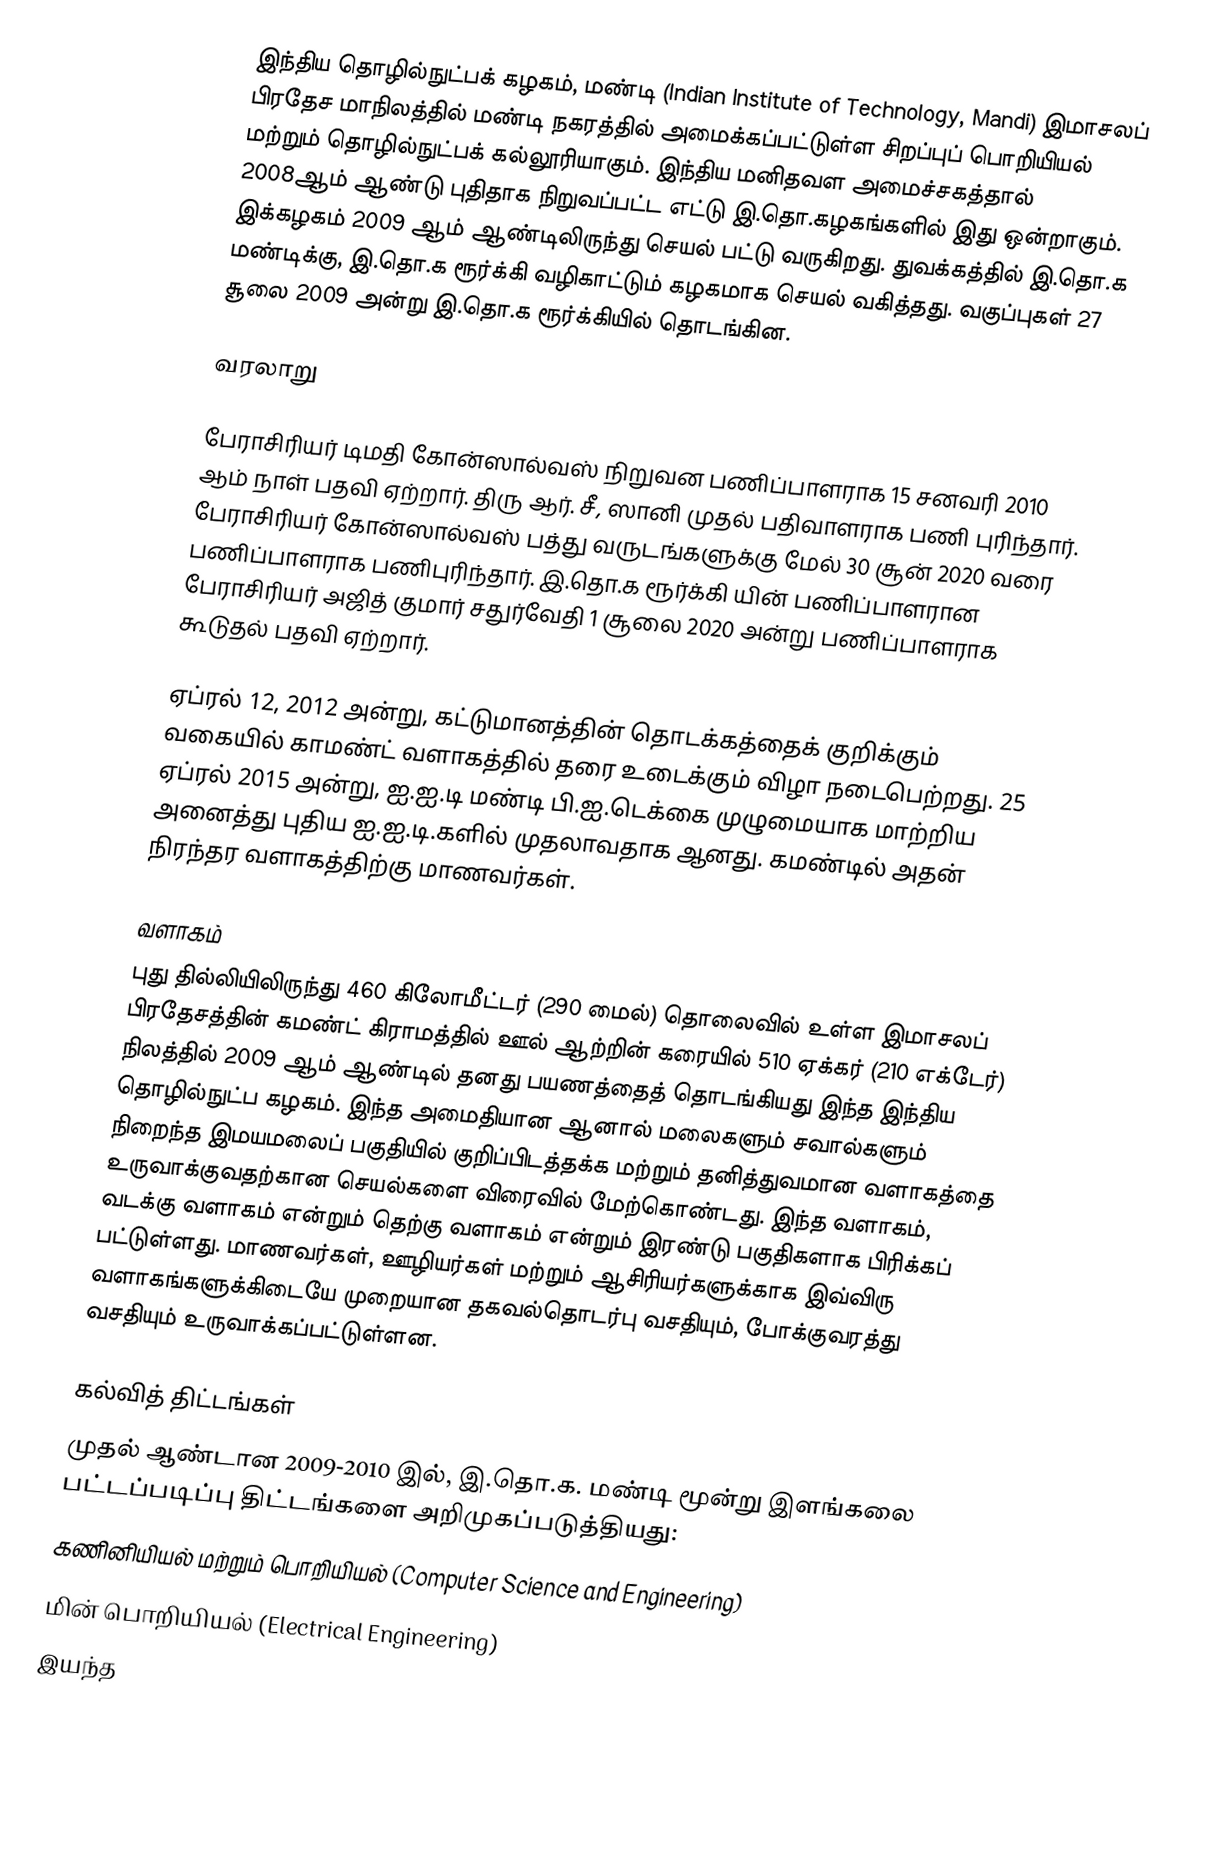
இந்திய தொழில்நுட்பக் கழகம், மண்டி (Indian Institute of Technology, Mandi) இமாசலப் பிரதேச மாநிலத்தில் மண்டி நகரத்தில் அமைக்கப்பட்டுள்ள சிறப்புப் பொறியியல் மற்றும் தொழில்நுட்பக் கல்லூரியாகும். இந்திய மனிதவள அமைச்சகத்தால் 2008ஆம் ஆண்டு புதிதாக நிறுவப்பட்ட எட்டு இ.தொ.கழகங்களில் இது ஒன்றாகும். இக்கழகம் 2009 ஆம் ஆண்டிலிருந்து செயல் பட்டு வருகிறது. துவக்கத்தில் இ.தொ.க மண்டிக்கு, இ.தொ.க ரூர்க்கி வழிகாட்டும் கழகமாக செயல் வகித்தது. வகுப்புகள்  27 சூலை 2009 அன்று இ.தொ.க ரூர்க்கியில் தொடங்கின.

வரலாறு

பேராசிரியர் டிமதி கோன்ஸால்வஸ் நிறுவன பணிப்பாளராக 15 சனவரி 2010 ஆம் நாள்  பதவி ஏற்றார். திரு ஆர். சீ, ஸானி முதல் பதிவாளராக பணி புரிந்தார். பேராசிரியர் கோன்ஸால்வஸ் பத்து வருடங்களுக்கு மேல் 30 சூன் 2020 வரை பணிப்பாளராக பணிபுரிந்தார். இ.தொ.க ரூர்க்கி யின் பணிப்பாளரான பேராசிரியர் அஜித் குமார் சதுர்வேதி 1 சூலை 2020 அன்று பணிப்பாளராக கூடுதல் பதவி ஏற்றார்.

ஏப்ரல் 12, 2012 அன்று, கட்டுமானத்தின் தொடக்கத்தைக் குறிக்கும் வகையில் காமண்ட் வளாகத்தில் தரை உடைக்கும் விழா நடைபெற்றது. 25 ஏப்ரல் 2015 அன்று, ஐ.ஐ.டி மண்டி பி.ஐ.டெக்கை முழுமையாக மாற்றிய அனைத்து புதிய ஐ.ஐ.டி.களில் முதலாவதாக ஆனது. கமண்டில் அதன் நிரந்தர வளாகத்திற்கு மாணவர்கள்.

வளாகம்
புது தில்லியிலிருந்து 460 கிலோமீட்டர் (290 மைல்) தொலைவில் உள்ள இமாசலப் பிரதேசத்தின் கமண்ட் கிராமத்தில் ஊல் ஆற்றின் கரையில் 510 ஏக்கர் (210 எக்டேர்) நிலத்தில் 2009 ஆம் ஆண்டில் தனது பயணத்தைத் தொடங்கியது இந்த இந்திய தொழில்நுட்ப கழகம். இந்த அமைதியான ஆனால் மலைகளும் சவால்களும் நிறைந்த இமயமலைப் பகுதியில் குறிப்பிடத்தக்க மற்றும் தனித்துவமான வளாகத்தை உருவாக்குவதற்கான செயல்களை விரைவில் மேற்கொண்டது. இந்த வளாகம், வடக்கு வளாகம் என்றும் தெற்கு வளாகம் என்றும் இரண்டு பகுதிகளாக பிரிக்கப் பட்டுள்ளது. மாணவர்கள், ஊழியர்கள் மற்றும் ஆசிரியர்களுக்காக இவ்விரு வளாகங்களுக்கிடையே முறையான தகவல்தொடர்பு வசதியும், போக்குவரத்து வசதியும் உருவாக்கப்பட்டுள்ளன.

கல்வித் திட்டங்கள்
முதல் ஆண்டான 2009-2010 இல், இ.தொ.க. மண்டி மூன்று இளங்கலை பட்டப்படிப்பு திட்டங்களை அறிமுகப்படுத்தியது:
 கணினியியல் மற்றும் பொறியியல் (Computer Science and Engineering)
 மின் பொறியியல் (Electrical Engineering)
 இயந்த